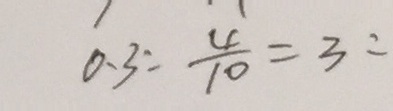
0 . 3 : \frac { 4 } { 1 0 } = 3 :